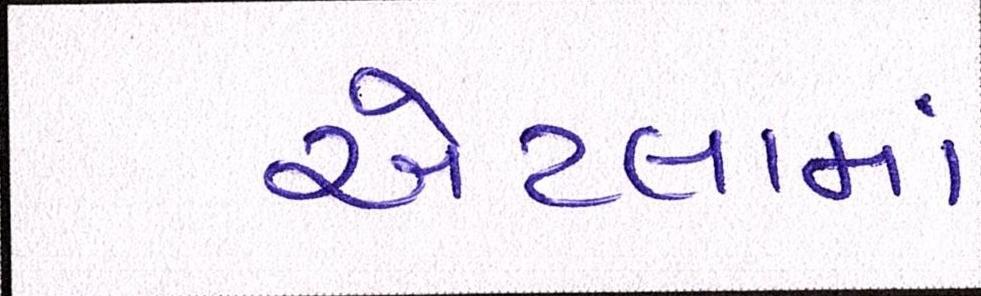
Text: એટલામાં